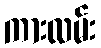
ကားလမ်း